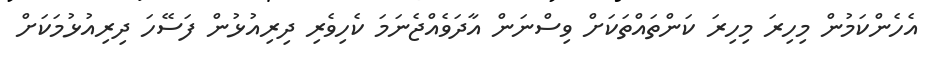
އެހެންކަމުން މިހިރަ މިހިރަ ކަންތައްތަކަށް ވިސްނަން އާދަވެއްޖެނަމަ ކެހިވެރި ދިރިއުޅުން ފަސޭހަ ދިރިއުޅުމަކަށް